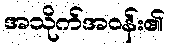
အသိုက်အဝန်း၏